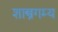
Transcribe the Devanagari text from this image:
शास्त्रगम्य